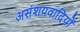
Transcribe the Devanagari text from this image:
असंशयवादियों